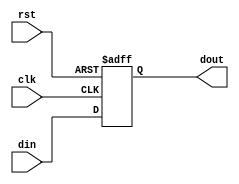
module RISCV_flagstorage(input clk,input rst,input din,output dout);
    
reg dout_reg;
    
always @(posedge clk or posedge rst) 
begin
if(rst)
dout_reg <= 0;
else
dout_reg <= din;
end
    
assign dout = dout_reg;
    
endmodule